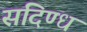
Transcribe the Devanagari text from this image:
संदिण्ध